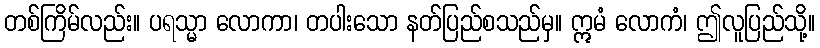
တစ်ကြိမ်လည်း။ ပရသ္မာ လောကာ၊ တပါးသော နတ်ပြည်စသည်မှ။ ဣမံ လောကံ၊ ဤလူပြည်သို့။